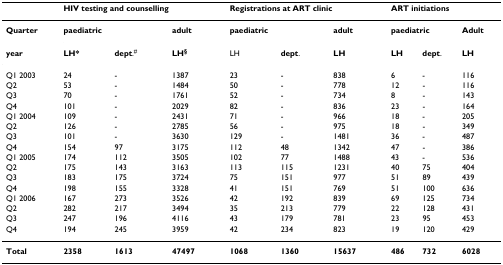
<table><thead><tr><td></td><td colspan="3"><b>HIV testing and counselling</b></td><td colspan="3"><b>Registrations at ART clinic</b></td><td colspan="3"><b>ART initiations</b></td></tr></thead><tbody><tr><td><b>Quarter</b></td><td colspan="2"><b>paediatric</b></td><td><b>adult</b></td><td colspan="2"><b>paediatric</b></td><td><b>adult</b></td><td colspan="2"><b>paediatric</b></td><td><b>Adult</b></td></tr><tr><td><b>year</b></td><td><b>LH*</b></td><td><b>dept</b>.<sup>#</sup></td><td><b>LH<sup>§</sup></b></td><td>LH</td><td><b>dept</b>.</td><td><b>LH</b></td><td><b>LH</b></td><td><b>dept</b>.</td><td><b>LH</b></td></tr><tr><td>Q1 2003</td><td>24</td><td>-</td><td>1387</td><td>23</td><td>-</td><td>838</td><td>6</td><td>-</td><td>116</td></tr><tr><td>Q2</td><td>53</td><td>-</td><td>1484</td><td>50</td><td>-</td><td>778</td><td>12</td><td>-</td><td>116</td></tr><tr><td>Q3</td><td>70</td><td>-</td><td>1761</td><td>52</td><td>-</td><td>734</td><td>8</td><td>-</td><td>143</td></tr><tr><td>Q4</td><td>101</td><td>-</td><td>2029</td><td>82</td><td>-</td><td>836</td><td>23</td><td>-</td><td>164</td></tr><tr><td>Q1 2004</td><td>109</td><td>-</td><td>2431</td><td>71</td><td>-</td><td>966</td><td>18</td><td>-</td><td>205</td></tr><tr><td>Q2</td><td>126</td><td>-</td><td>2785</td><td>56</td><td>-</td><td>975</td><td>18</td><td>-</td><td>349</td></tr><tr><td>Q3</td><td>101</td><td>-</td><td>3630</td><td>129</td><td>-</td><td>1481</td><td>36</td><td>-</td><td>487</td></tr><tr><td>Q4</td><td>154</td><td>97</td><td>3175</td><td>112</td><td>48</td><td>1342</td><td>47</td><td>-</td><td>386</td></tr><tr><td>Q1 2005</td><td>174</td><td>112</td><td>3505</td><td>102</td><td>77</td><td>1488</td><td>43</td><td>-</td><td>536</td></tr><tr><td>Q2</td><td>175</td><td>143</td><td>3163</td><td>113</td><td>115</td><td>1231</td><td>40</td><td>75</td><td>404</td></tr><tr><td>Q3</td><td>183</td><td>175</td><td>3724</td><td>75</td><td>151</td><td>977</td><td>51</td><td>89</td><td>439</td></tr><tr><td>Q4</td><td>198</td><td>155</td><td>3328</td><td>41</td><td>151</td><td>769</td><td>51</td><td>100</td><td>636</td></tr><tr><td>Q1 2006</td><td>167</td><td>273</td><td>3526</td><td>42</td><td>192</td><td>839</td><td>69</td><td>125</td><td>734</td></tr><tr><td>Q2</td><td>282</td><td>217</td><td>3494</td><td>35</td><td>213</td><td>779</td><td>22</td><td>128</td><td>431</td></tr><tr><td>Q3</td><td>247</td><td>196</td><td>4116</td><td>43</td><td>179</td><td>781</td><td>23</td><td>95</td><td>453</td></tr><tr><td>Q4</td><td>194</td><td>245</td><td>3959</td><td>42</td><td>234</td><td>823</td><td>19</td><td>120</td><td>429</td></tr><tr><td><b>Total</b></td><td><b>2358</b></td><td><b>1613</b></td><td><b>47497</b></td><td><b>1068</b></td><td><b>1360</b></td><td><b>15637</b></td><td><b>486</b></td><td><b>732</b></td><td><b>6028</b></td></tr></tbody></table>